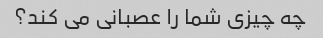
چه چیزی شما را عصبانی می کند؟